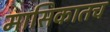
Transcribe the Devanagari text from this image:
मासिकातच